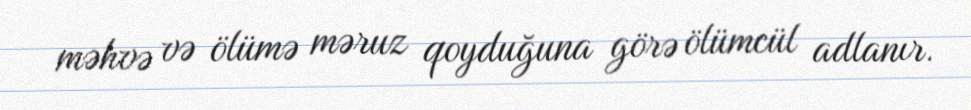
məhvə və ölümə məruz qoyduğuna görə ölümcül adlanır.